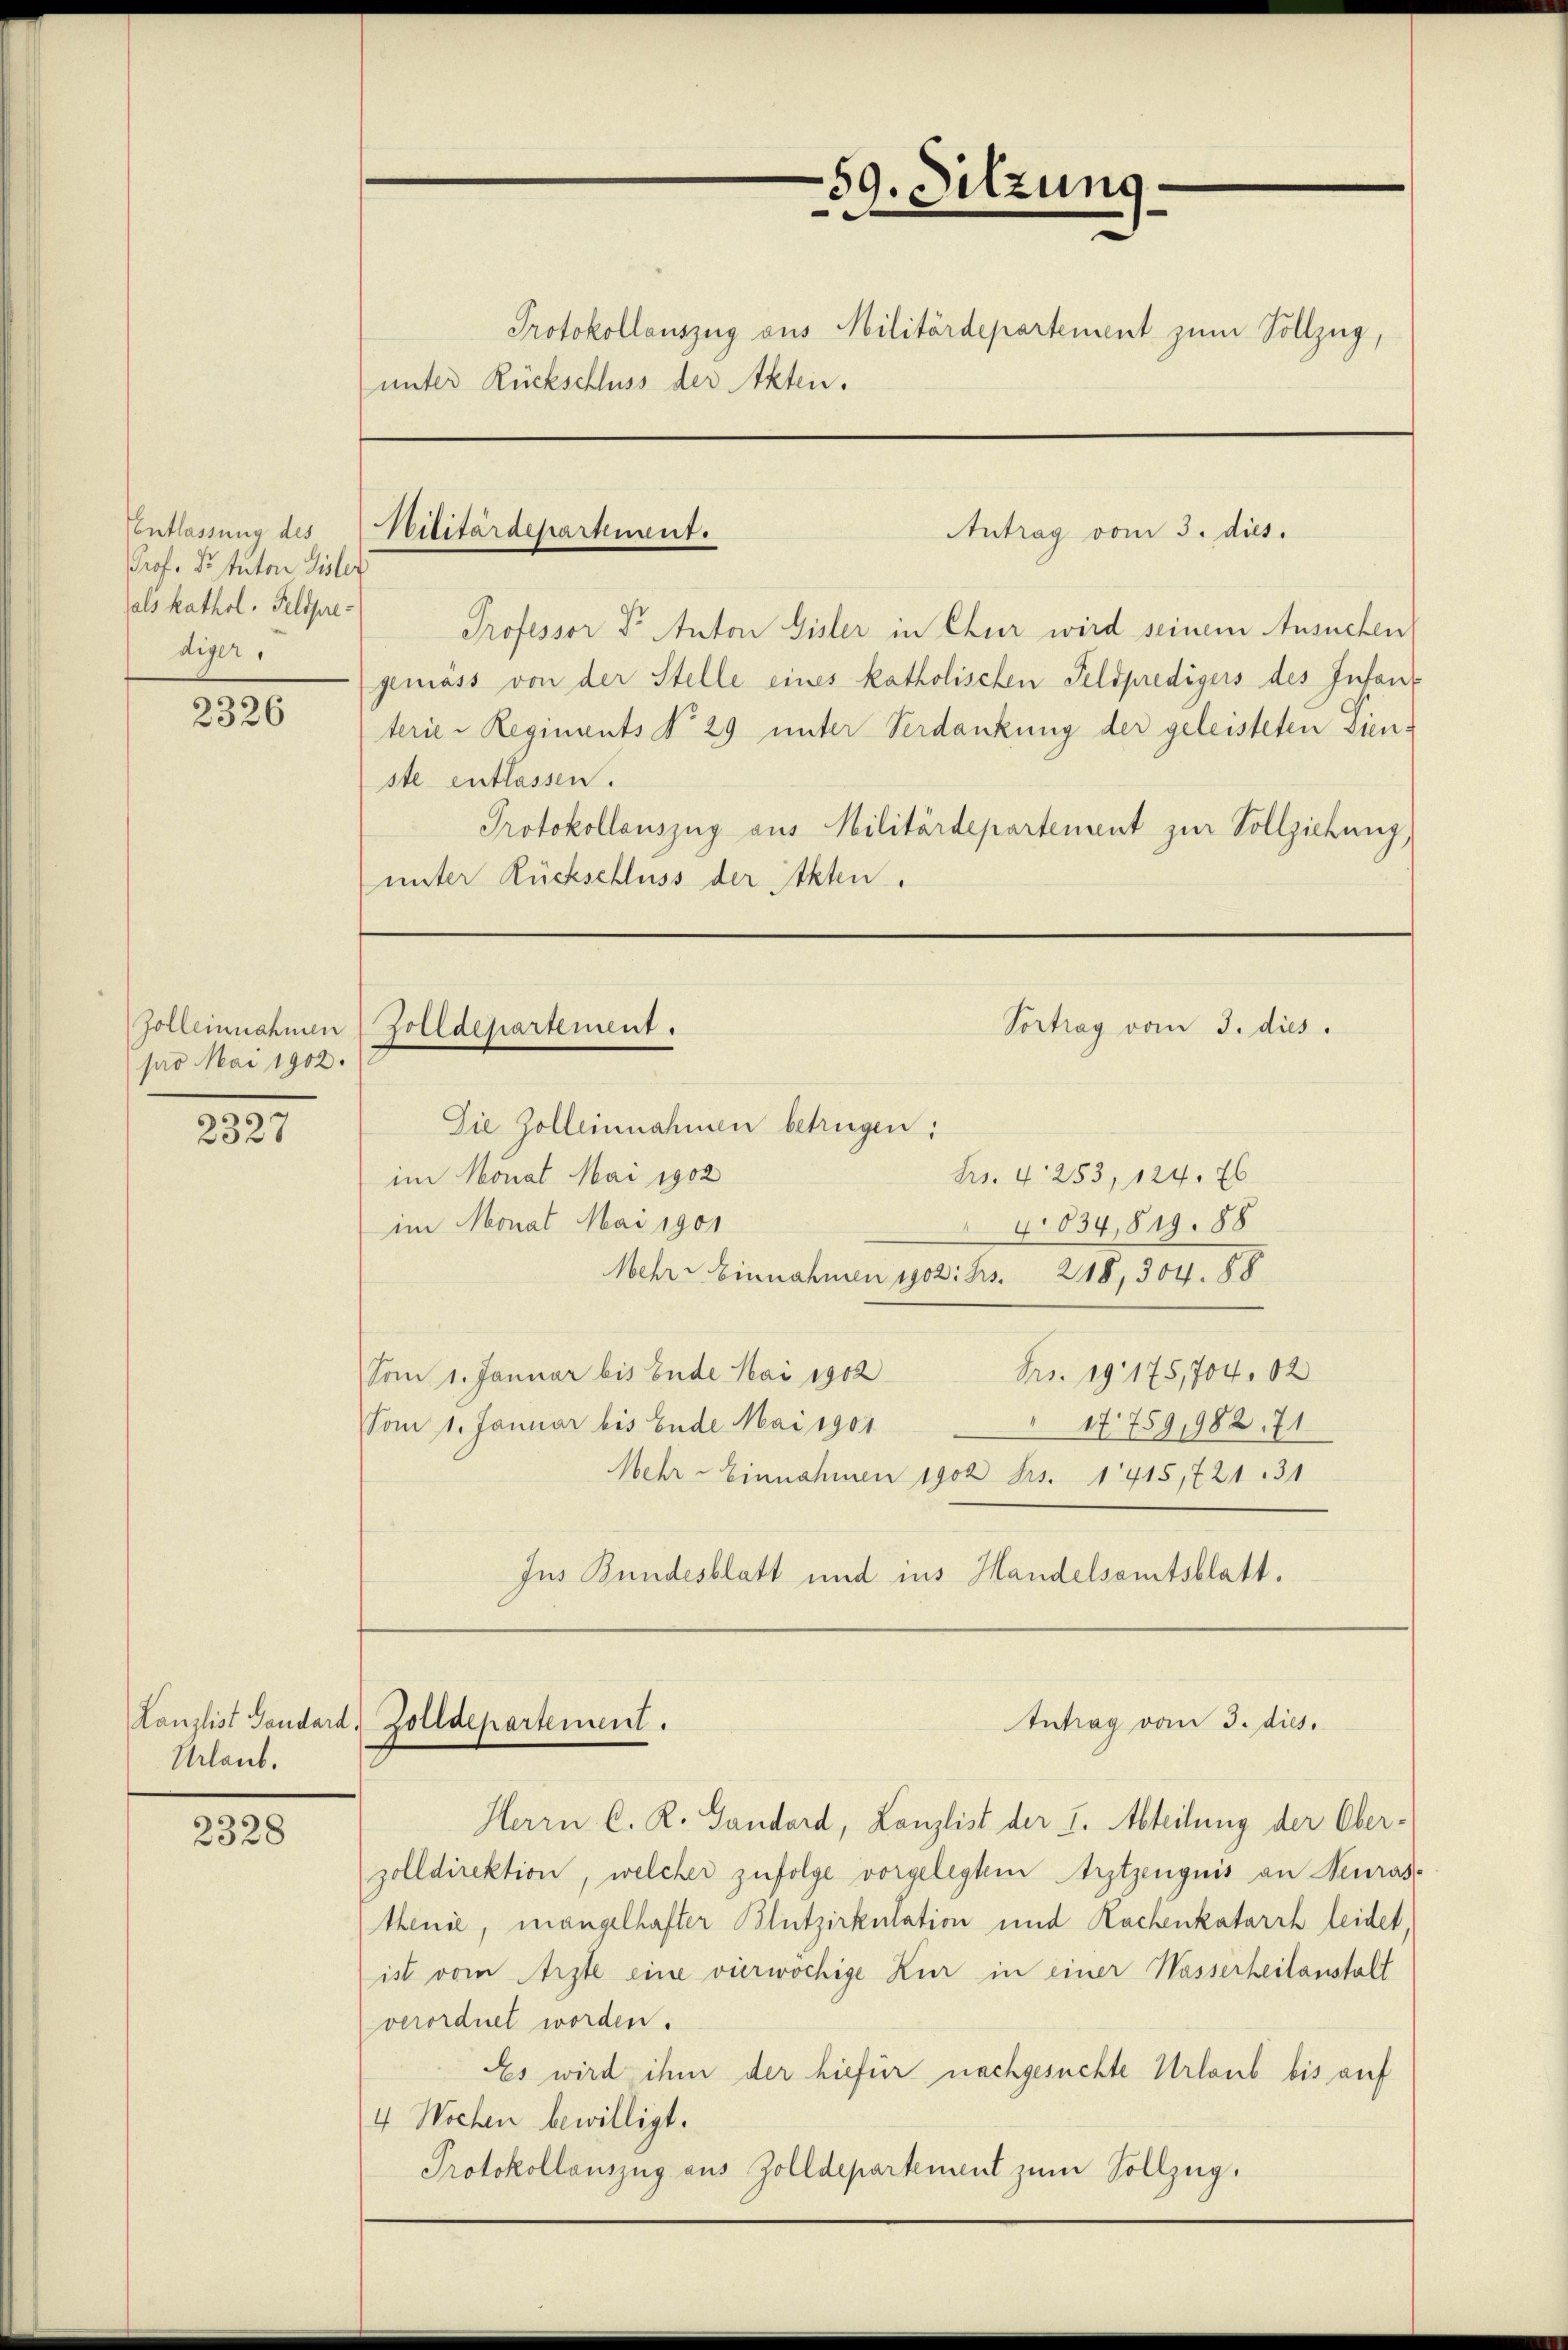
Entlassung des
Prof. Dr. Anton Gisler
als kathol. Feldpre-
diger,

2326

pro Mai 1902.

2327

Urlaub.

2328

unter Rückschluss der Akten.

Militärdepartement.

59. Sitzung
Protokollauszug aus Militärdepartement zum Vollzug,

Antrag vom 3. dies

Professor Dr. Anton Gisler in Chur wird seinem Ansuchen
gemäss von der Stelle eines katholischen Feldpredigers des Infant
terie-Regiments No. 29 unter Verdankung der geleisteten Dienste entlassen.
Protokollauszug aus Militärdepartement zur Vollziehung,
unter Rückschluss der Akten.

Vortrag vom 3. dies
Zolleinnahmen (Zolldepartement.

Lanzlist Gendard Zolldepartement.

Die Zolleinnahmen betrügen:
Fr. 4. 253, 124. 76
im Monat Mai 1902
im Monat Mai 1901
4834, 819. 88
Mehr Einnahmen 1902: Bs. 218, 304. 88
Vom 1. Januar bis Ende Mai 1902
Frs. 19175,704. 62
Vom 1. Januar bis Ende Mai 1901
17759,982. 71
Mehr- Einnahmen 1902 Frs. 1415,721. 31
Jus Bundesblatt und ins Handelsamtsblatt.

Antrag vom 3. dies.

Herrn C. R. Gandord, Lanzlist der I. Abteilung der Ober-
zolldirektion, welcher zufolge vorgelegtem Arztzeuguis an Neuras-
Menie, mangelhafter Blutzirkulation und Rachenkatarrh leidet,
ist vom Arzte eine vierwochige Kur in einer Wasserheitanstalt
verordnet worden.
Es wird ihm der hiefür nachgesuchte Urlaub bis auf
4 Wochen bewilligt.
Protokollauszug aus Zolldepartement zum Vollzug.